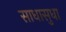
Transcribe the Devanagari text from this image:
साधासुधा